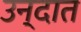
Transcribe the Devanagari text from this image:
उन्दात